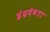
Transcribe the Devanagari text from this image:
इंद्रदेवता